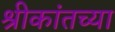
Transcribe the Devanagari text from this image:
श्रीकांतच्या